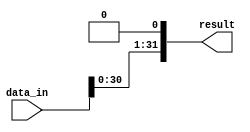
module SHIFT_LIFT_BY_1BIT (
    input [31:0] data_in,
    output reg [31:0] result
);
   always @* begin
      result = data_in << 1; // Shift left by two positions
   end
endmodule